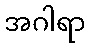
အဂါရာ